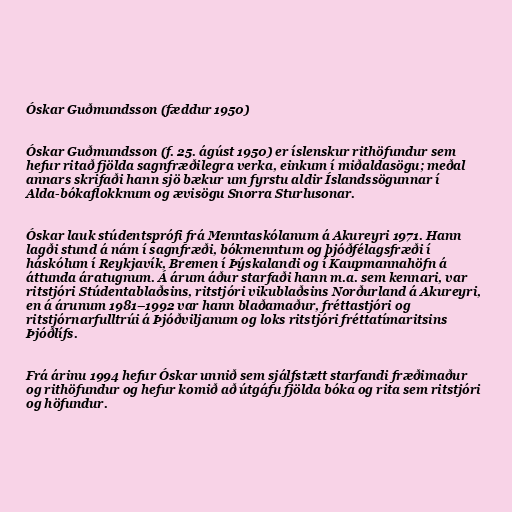
Óskar Guðmundsson (fæddur 1950)

Óskar Guðmundsson (f. 25. ágúst 1950) er íslenskur rithöfundur sem
hefur ritað fjölda sagnfræðilegra verka, einkum í miðaldasögu; meðal
annars skrifaði hann sjö bækur um fyrstu aldir Íslandssögunnar í
Alda-bókaflokknum og ævisögu Snorra Sturlusonar.

Óskar lauk stúdentsprófi frá Menntaskólanum á Akureyri 1971. Hann
lagði stund á nám í sagnfræði, bókmenntum og þjóðfélagsfræði í
háskólum í Reykjavík, Bremen í Þýskalandi og í Kaupmannahöfn á
áttunda áratugnum. Á árum áður starfaði hann m.a. sem kennari, var
ritstjóri Stúdentablaðsins, ritstjóri vikublaðsins Norðurland á Akureyri,
en á árunum 1981–1992 var hann blaðamaður, fréttastjóri og
ritstjórnarfulltrúi á Þjóðviljanum og loks ritstjóri fréttatímaritsins
Þjóðlífs.

Frá árinu 1994 hefur Óskar unnið sem sjálfstætt starfandi fræðimaður
og rithöfundur og hefur komið að útgáfu fjölda bóka og rita sem ritstjóri
og höfundur.